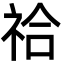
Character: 祫